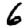
Digit: 6